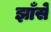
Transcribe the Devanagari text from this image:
झाँसे